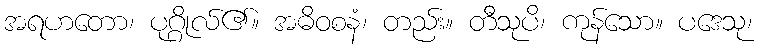
အရဟတော၊ ပုဂ္ဂိုလ်၏။ အဓိဝစနံ၊ တည်း။ တီသုပိ၊ ကုန်သော။ ပဒေသု၊